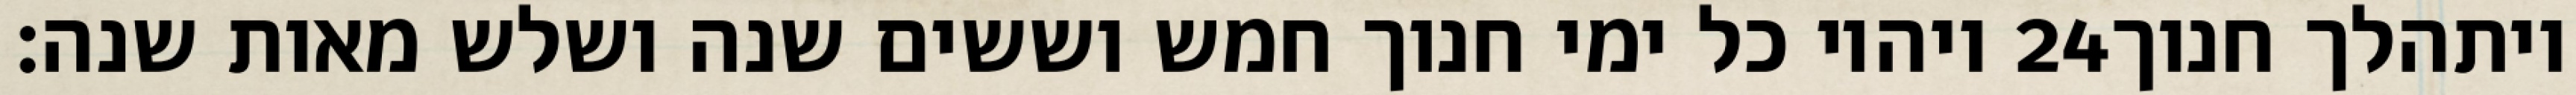
ויהיו כל ימי חנוך חמש וששים שנה ושלש מאות שנה׃ ‎24‏ ויתהלך חנוך